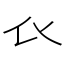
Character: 𧘇